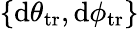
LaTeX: \{ \mathrm{d}\theta_{\mathrm{{tr}}},\mathrm{d}\phi_{\mathrm{{tr}}}\}